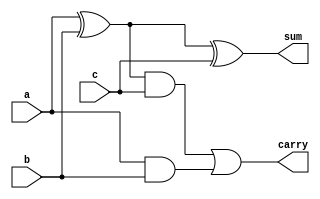
`timescale 1ns / 1ps
//////////////////////////////////////////////////////////////////////////////////
// Company: 
// Engineer: 
// 
// Design Name: 
// Module Name: fullAdder_usingGate
// Project Name: 
// Target Devices: 
// Tool Versions: 
// Description: 
// 
// Dependencies: 
// 
// Revision:
// Revision 0.01 - File Created
// Additional Comments:
// 
//////////////////////////////////////////////////////////////////////////////////


module fullAdder_usingGate(
    input a,
    input b,
    input c,
    output sum,
    output carry
    );
    wire s1,s2,s3;
    xor x1(s1,a,b);
    and a1(s2,a,b);
    xor x2(sum,s1,c);
    and a2(s3,s1,c);
    or o1(carry,s3,s2);
endmodule